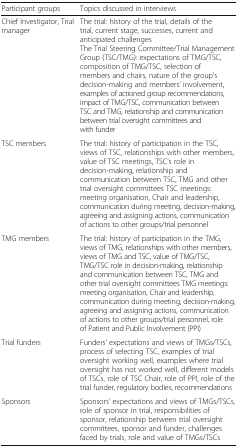
<table><thead><tr><td><b>Participant groups</b></td><td><b>Topics discussed in interviews</b></td></tr></thead><tbody><tr><td>Chief Investigator, Trial manager</td><td>The trial: history of the trial, details of the trial, current stage, successes, current and anticipated challenges The Trial Steering Committee/Trial Management Group (TSC/TMG): expectations of TMG/TSC, composition of TMG/TSC, selection of members and chairs, nature of the group’s decision-making and members’ involvement, examples of actioned group recommendations, impact of TMG/TSC, communication between TSC and TMG, relationship and communication between trial oversight committees and with funder</td></tr><tr><td>TSC members</td><td>The trial: history of participation in the TSC, views of TSC, relationships with other members, value of TSC meetings, TSC’s role in decision-making, relationship and communication between TSC, TMG and other trial oversight committees TSC meetings: meeting organisation, Chair and leadership, communication during meeting, decision-making, agreeing and assigning actions, communication of actions to other groups/trial personnel</td></tr><tr><td>TMG members</td><td>The trial: history of participation in the TMG, views of TMG, relationships with other members, views of TMG and TSC, value of TMG/TSC, TMG/TSC role in decision-making, relationship and communication between TSC, TMG and other trial oversight committees TMG meetings: meeting organisation, Chair and leadership, communication during meeting, decision-making, agreeing and assigning actions, communication of actions to other groups/trial personnel, role of Patient and Public Involvement (PPI)</td></tr><tr><td>Trial funders</td><td>Funders’ expectations and views of TMGs/TSCs, process of selecting TSC, examples of trial oversight working well, examples where trial oversight has not worked well, different models of TSCs, role of TSC Chair, role of PPI, role of the trial funder, regulatory bodies, recommendations</td></tr><tr><td>Sponsors</td><td>Sponsors’ expectations and views of TMGs/TSCs, role of sponsor in trial, responsibilities of sponsor, relationship between trial oversight committees, sponsor and funder, challenges faced by trials, role and value of TMGs/TSCs</td></tr></tbody></table>